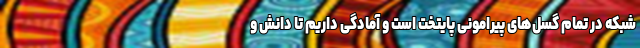
شبکه در تمام گسل‌های پیرامونی پایتخت است و آمادگی داریم تا دانش و